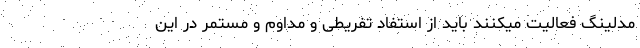
مدلینگ فعالیت میکنند باید از استفاد تفریطی و مداوم و مستمر در این